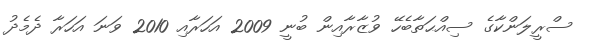
ސްރީލަންކާގެ ސިއްޙަތާބެހޭ ވުޒާރާއިން ބުނީ 2009 އަހަރާއި 2010 ވަނަ އަހަރާ ދެމެދު